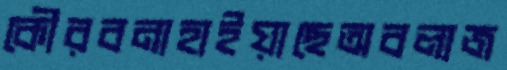
কৌরবনাহাইয়াছেঅবলাজ